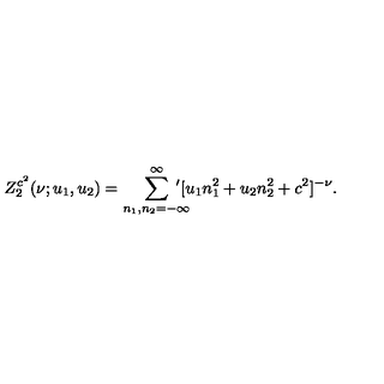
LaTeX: Z _ { 2 } ^ { c ^ { 2 } } ( \nu ; u _ { 1 } , u _ { 2 } ) = { \sum _ { n _ { 1 } , n _ { 2 } = - \infty } ^ { \infty } \! \! \! \! \! \! ^ { \prime } } [ u _ { 1 } n _ { 1 } ^ { 2 } + u _ { 2 } n _ { 2 } ^ { 2 } + c ^ { 2 } ] ^ { - \nu } .